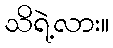
သိရဲ့လား။